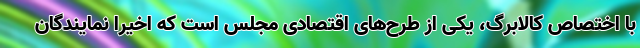
با اختصاص کالابرگ، یکی از طرح‌های اقتصادی مجلس است که اخیرا نمایندگان